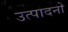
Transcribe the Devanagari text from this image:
उत्पादनो